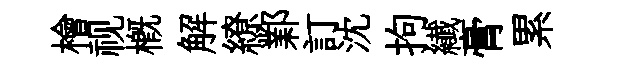
檜视槪解繚鄴訂沈拘纎膏累